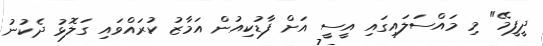
ދީފީމޭ" މި މައްސަލައިގައި އީސީ އަށް ފާޑުކިއުން އަމާޒު ކުރައްވައި ގަލޮޅު ދެކުނު